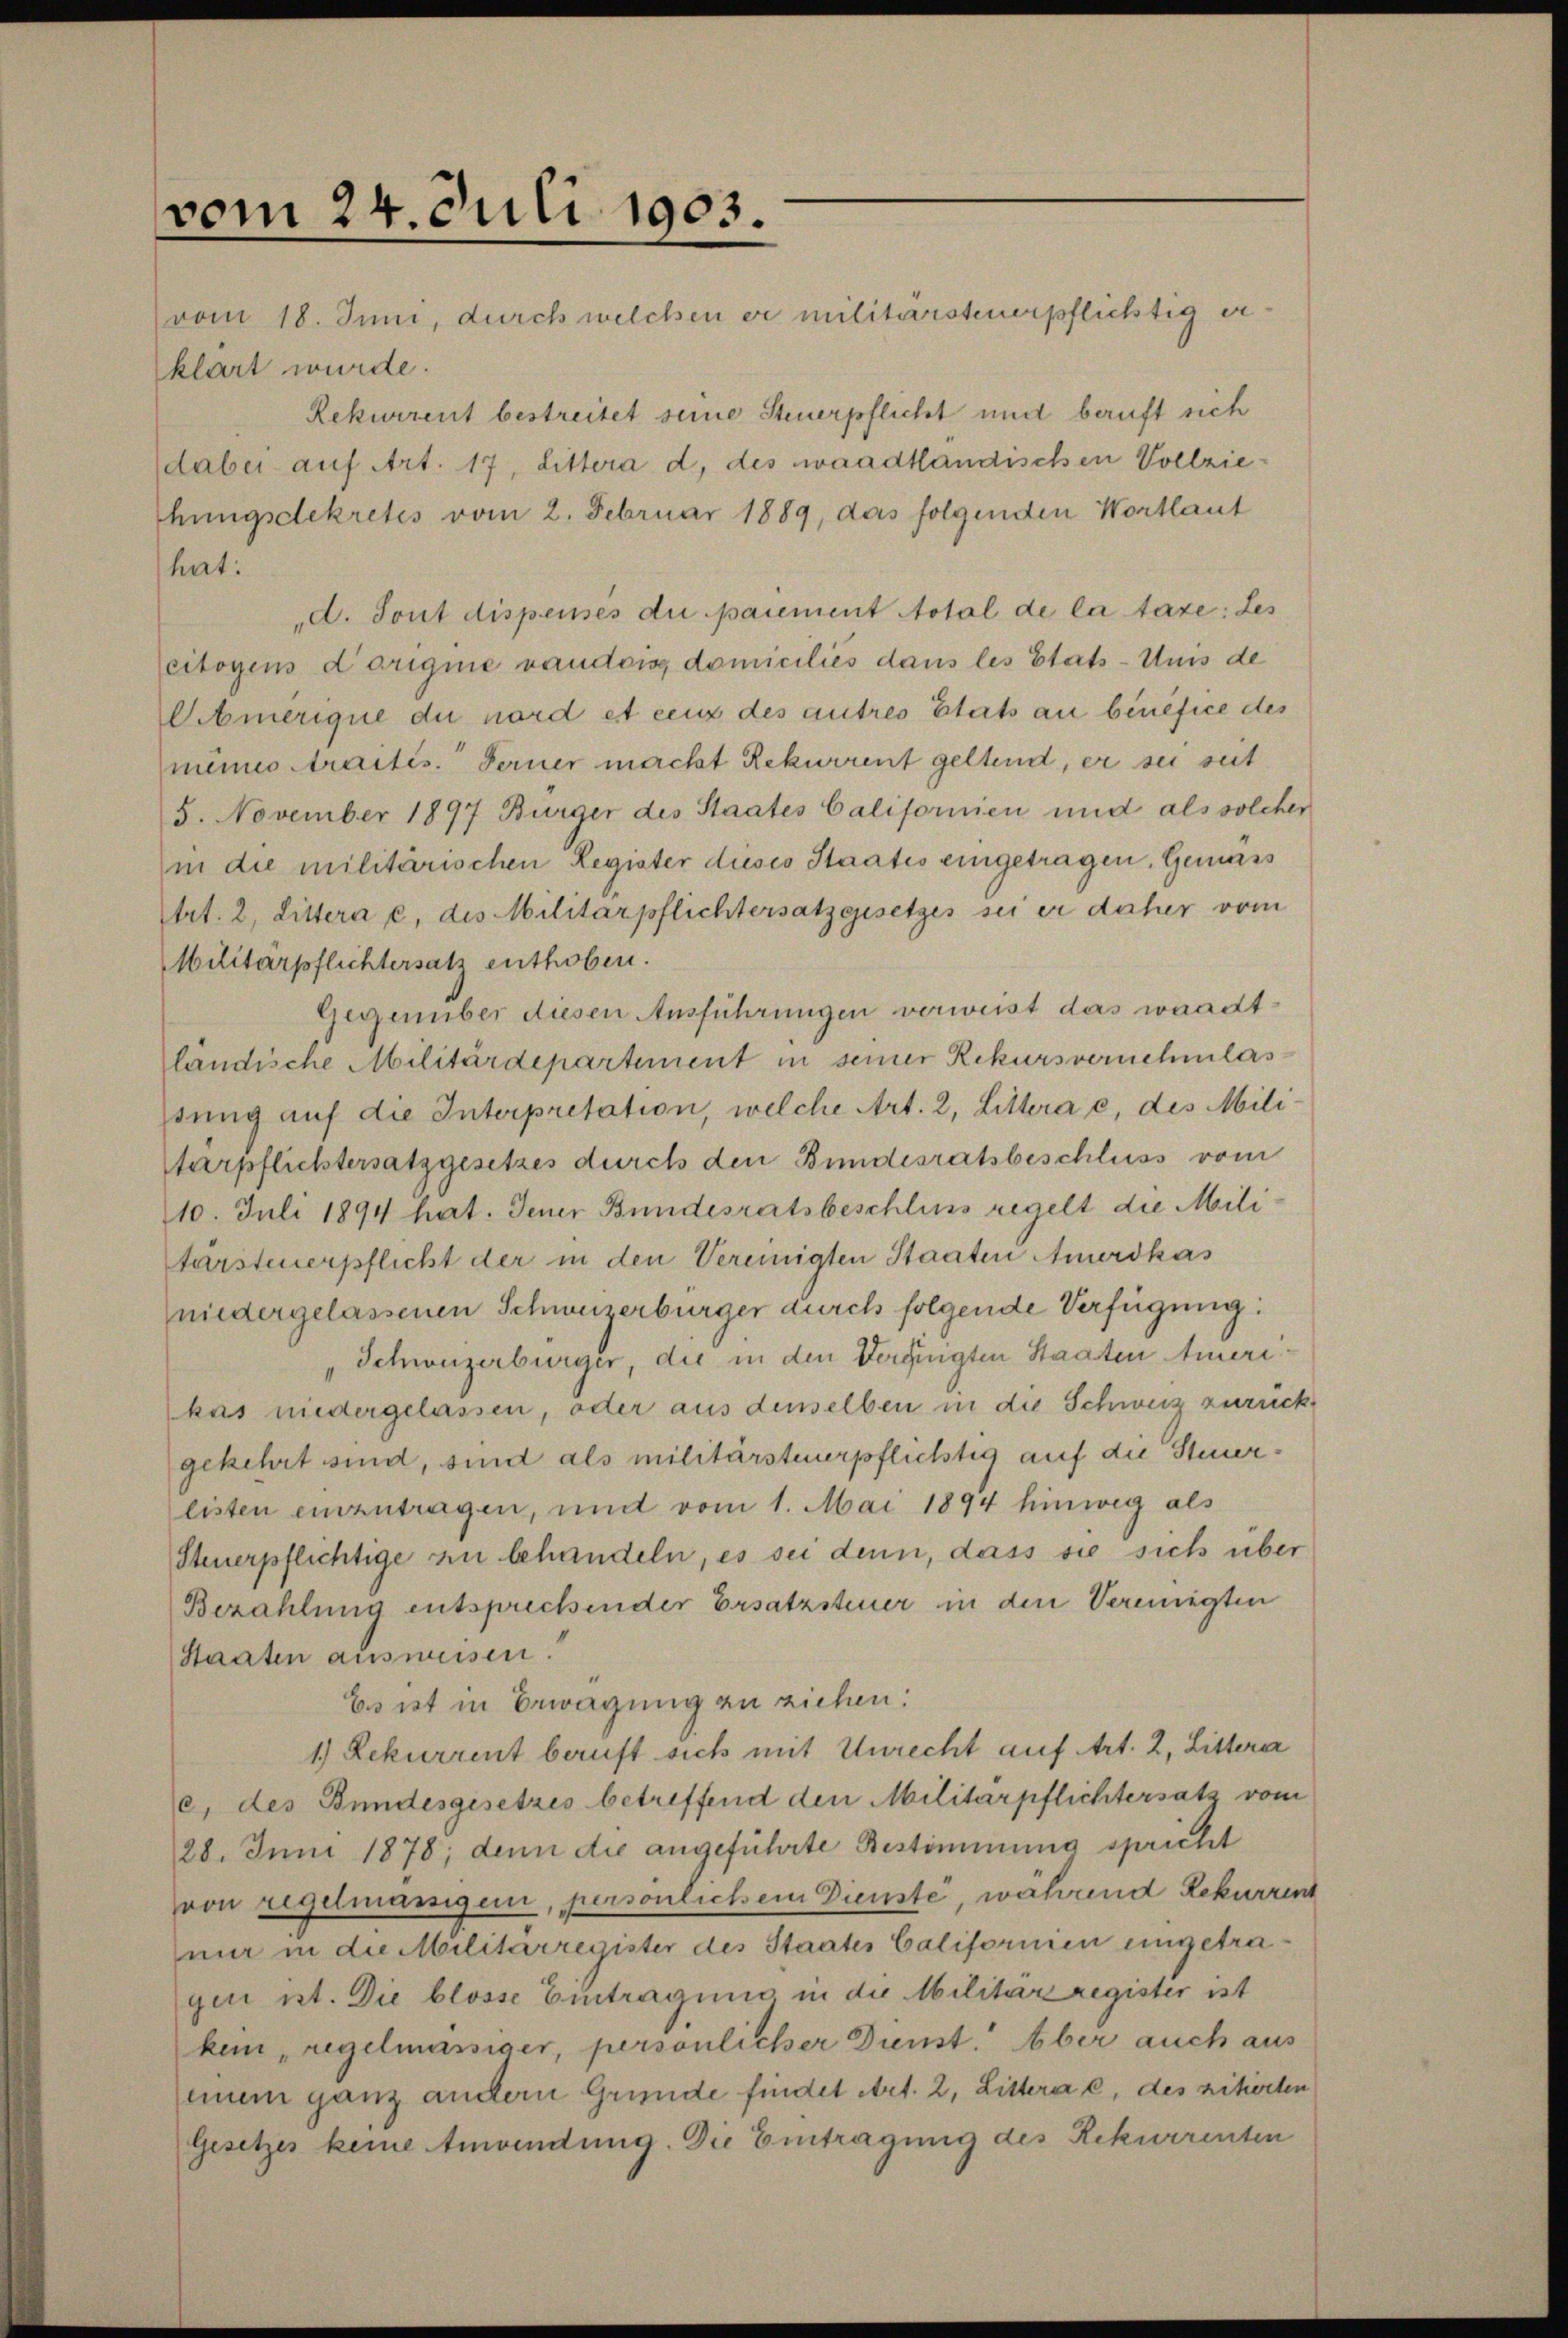
vom 24. Juli 1903.

(vom 18. Juni, durch welchen er militärsteuerpflichtig erklärt wurde.
Rekurrent bestreitet seine Steuerpflicht und beruft sich
dabei auf Art. 17, Littera d. des waadtländischen Vollziethungsdekretes vom 2. Februar 1889, das folgenden Wortlaut
hat:
A. Tout dispenses die paiement total de la taxe: Les
citoyens darignie vaudois domiciliés dans les Etats-Ums de
Obmerique du nard est ceux des autres Etats an benefice des
meines traités.“ Ferner macht Rekurrent geltend, er sei seit
5. November 1897 Bürger des Staates Californien und als solcher
in die militärischen Legister dieses Staates eingetragen, Gemäss
trt. 2, Littera c. des Militärpflichtersatzgesetzes sei er daher vom
Militärpflichtersatz enthoben.
Gegenüber diesen Ausführungen verweist das waadt
ländische Militärdepartement in seiner Rekurs vernehmlas
stung auf die Interpretation, welche Art. 2, Littera c, des Militärpflichtersatz gesetzes durch den Bundesratsbeschluss vom
10. Juli 1894 hat. Jener Bundesratsbeschluss regelt die Mili
tärsteuerpflicht der in den Vereinigten Staaten Amerikas
niedergelassenen Schweizerbürger durch folgende Verfügung:
Schweizerbürger, die in den Verdingten Staaten Ameri
kas niedergelassen, oder aus denselben in die Schweiz zurück-
gekehrt sind, sind als militärsteuerpflichtig auf die Steuerlisten einzutragen, mit vom 1. Mai 1894 hinweg als
Steuerpflichtige zu behandeln, es sei denn, dass sie sich über
Bezahlung entsprechender Ersatzsteuer in den Vereinigten
Staaten ausweisen.
Es ist in Bewegung zu ziehen:
1.) Rekurrent beruft sich mit Unrecht auf Art. 2, Littera
c, des Bundesgesetzes betreffend den Militärpflichtersatz vom
28. Juni 1878; denn die angeführte Bestimmung spricht
von regelmässigen, persönlichem Dienste, während Rekurrent
nur in die Militarregister des Staates Californien eingetragii et. Die blosse Eintragung in die Militarregister ist
kein „regelmässiger, persönlicher Dienst. Aber auch aus
einem ganz andern Gründe findet Art. 2, Littera c, des zitierten
Gesetzes keine Anwendung. Die Eintragung des Rekurrenten